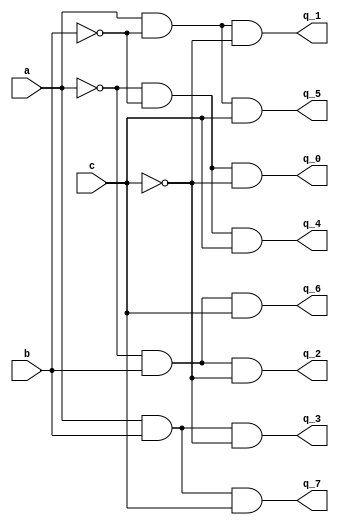
module dech38
(
	output q_0,
	output q_1,
	output q_2,
	output q_3,
	output q_4,
	output q_5,
	output q_6,
	output q_7,
	input a,
	input b,
	input c
);
wire s_n_0;
wire s_0;
wire s_n_1;
wire s_1;
wire s_n_2;
wire s_2;

// DUPLO.NET (137) - abuf : ivdm
assign s_n_0 = ~a;
assign s_0 = a;

// DUPLO.NET (138) - bbuf : ivdm
assign s_n_1 = ~b;
assign s_1 = b;

// DUPLO.NET (139) - cbuf : ivdm
assign s_n_2 = ~c;
assign s_2 = c;

// DUPLO.NET (140) - q[0] : an3
assign q_0 = s_n_0 & s_n_1 & s_n_2;

// DUPLO.NET (141) - q[1] : an3
assign q_1 = s_0 & s_n_1 & s_n_2;

// DUPLO.NET (142) - q[2] : an3
assign q_2 = s_n_0 & s_1 & s_n_2;

// DUPLO.NET (143) - q[3] : an3
assign q_3 = s_0 & s_1 & s_n_2;

// DUPLO.NET (144) - q[4] : an3
assign q_4 = s_n_0 & s_n_1 & s_2;

// DUPLO.NET (145) - q[5] : an3
assign q_5 = s_0 & s_n_1 & s_2;

// DUPLO.NET (146) - q[6] : an3
assign q_6 = s_n_0 & s_1 & s_2;

// DUPLO.NET (147) - q[7] : an3
assign q_7 = s_0 & s_1 & s_2;
endmodule